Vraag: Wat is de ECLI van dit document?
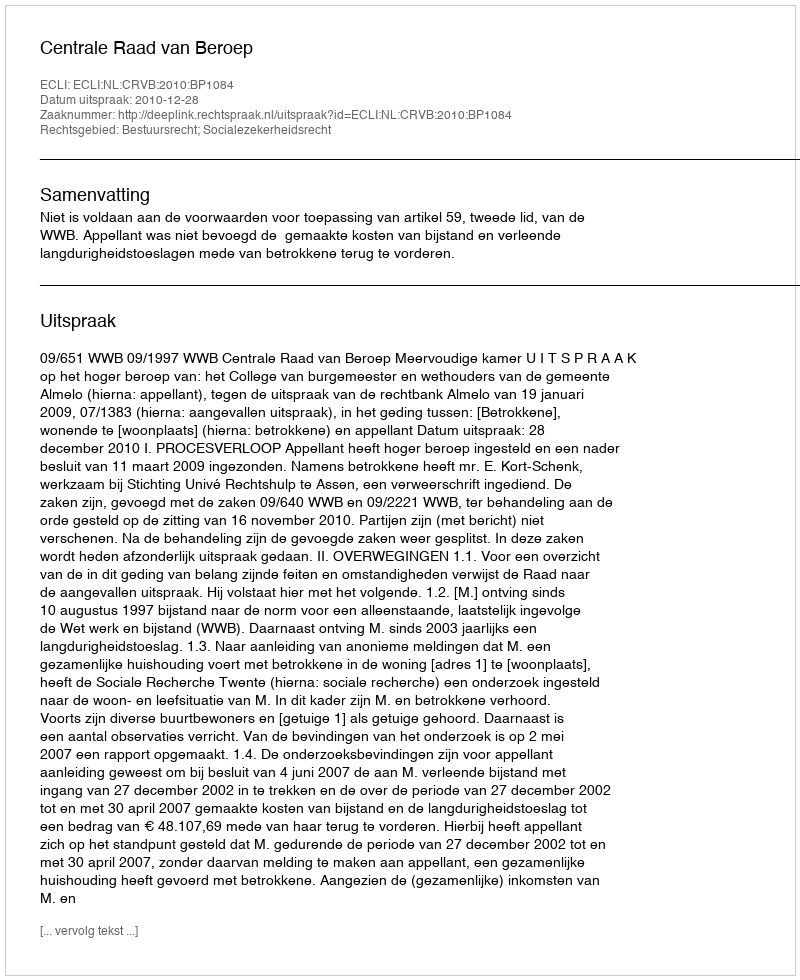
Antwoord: ECLI:NL:CRVB:2010:BP1084